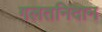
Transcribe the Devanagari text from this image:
गलतनिदान